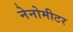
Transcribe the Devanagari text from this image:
नेनोमीटर